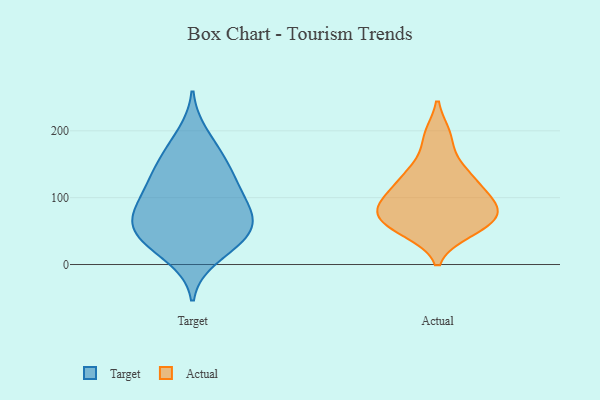
{"axis": {"x": "Latency (ms)", "y": "Value"}, "legend": ["Actual", "Target"], "data": [{"x": "", "y": 128, "type": "Target"}, {"x": "", "y": 49, "type": "Target"}, {"x": "", "y": 58, "type": "Target"}, {"x": "", "y": 90, "type": "Target"}, {"x": "", "y": 195, "type": "Target"}, {"x": "", "y": 124, "type": "Target"}, {"x": "", "y": 164, "type": "Target"}, {"x": "", "y": 61, "type": "Target"}, {"x": "", "y": 33, "type": "Target"}, {"x": "", "y": 50, "type": "Target"}, {"x": "", "y": 27, "type": "Target"}, {"x": "", "y": 130, "type": "Target"}, {"x": "", "y": 161, "type": "Target"}, {"x": "", "y": 10, "type": "Target"}, {"x": "", "y": 70, "type": "Target"}, {"x": "", "y": 90, "type": "Target"}, {"x": "", "y": 93, "type": "Target"}, {"x": "", "y": 54, "type": "Actual"}, {"x": "", "y": 98, "type": "Actual"}, {"x": "", "y": 80, "type": "Actual"}, {"x": "", "y": 65, "type": "Actual"}, {"x": "", "y": 192, "type": "Actual"}, {"x": "", "y": 92, "type": "Actual"}, {"x": "", "y": 66, "type": "Actual"}, {"x": "", "y": 73, "type": "Actual"}, {"x": "", "y": 50, "type": "Actual"}, {"x": "", "y": 107, "type": "Actual"}, {"x": "", "y": 100, "type": "Actual"}, {"x": "", "y": 148, "type": "Actual"}, {"x": "", "y": 72, "type": "Actual"}, {"x": "", "y": 132, "type": "Actual"}, {"x": "", "y": 131, "type": "Actual"}, {"x": "", "y": 88, "type": "Actual"}, {"x": "", "y": 132, "type": "Actual"}, {"x": "", "y": 52, "type": "Actual"}, {"x": "", "y": 193, "type": "Actual"}]}